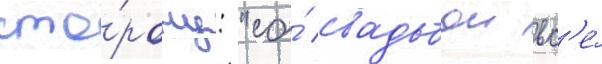
сто́рону: "со́ свадьбои вс'е́